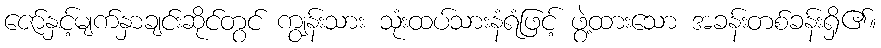
ဇော်နှင့်မျက်နှာချင်းဆိုင်တွင် ကျွန်းသား သုံးထပ်သားနံရံဖြင့် ဖွဲ့ထားသော အခန်းတစ်ခန်းရှိ၏။